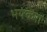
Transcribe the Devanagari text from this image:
भयंकरा